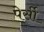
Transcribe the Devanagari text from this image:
पेर्सी